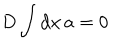
LaTeX: D \int \mathrm { d } x \, a = 0